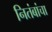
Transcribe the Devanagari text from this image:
नितंबांचा